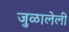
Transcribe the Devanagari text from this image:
जुळालेली